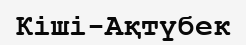
Кіші-Ақтүбек